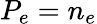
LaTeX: P_{e}=n_{e}